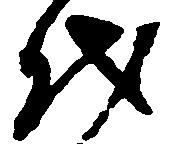
代